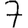
Digit: 7